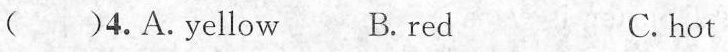
( )4.A.Yellow B. red C.hot